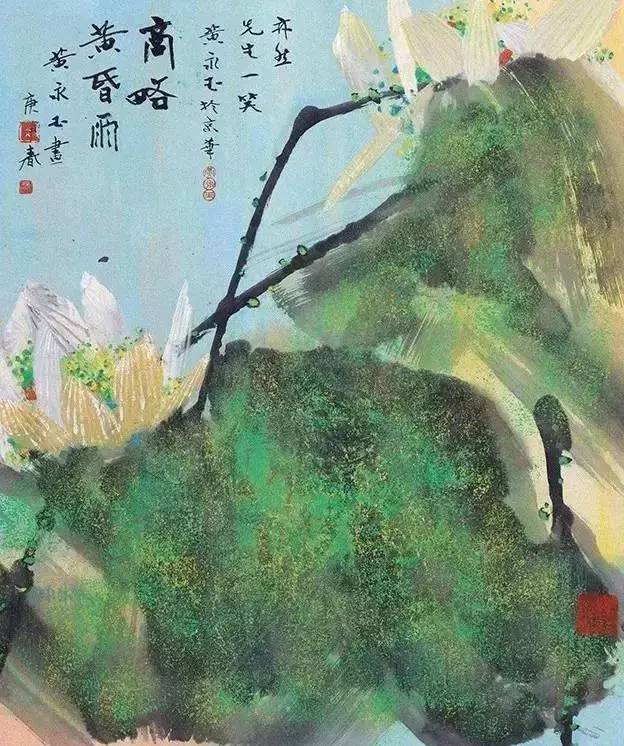
红莲相倚浑如醉，白鸟无言定自愁。